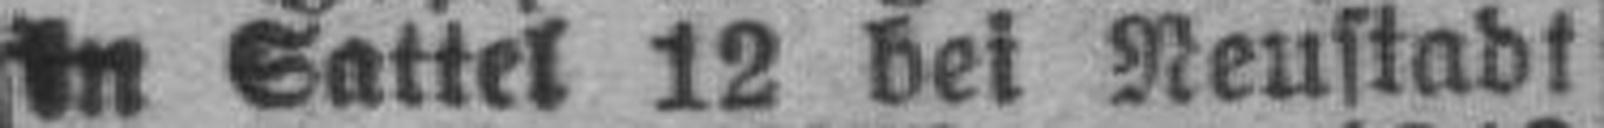
in Sattel 12 bei Neustadt